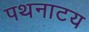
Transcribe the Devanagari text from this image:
पथनाटय